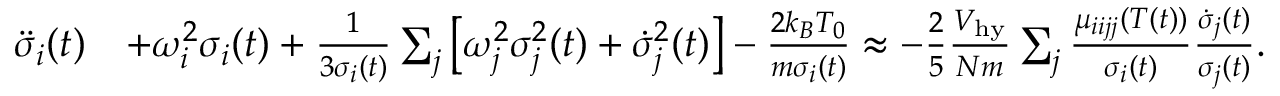
\begin{array} { r l } { \ddot { \sigma } _ { i } ( t ) } & { + \omega _ { i } ^ { 2 } \sigma _ { i } ( t ) + \frac { 1 } { 3 \sigma _ { i } ( t ) } \sum _ { j } \left[ \omega _ { j } ^ { 2 } \sigma _ { j } ^ { 2 } ( t ) + \dot { \sigma } _ { j } ^ { 2 } ( t ) \right] - \frac { 2 k _ { B } T _ { 0 } } { m \sigma _ { i } ( t ) } \approx - \frac { 2 } { 5 } \frac { { \cal V } _ { \mathrm { h y } } } { N m } \sum _ { j } \frac { \mu _ { i i j j } ( T ( t ) ) } { \sigma _ { i } ( t ) } \frac { \dot { \sigma } _ { j } ( t ) } { \sigma _ { j } ( t ) } . } \end{array}